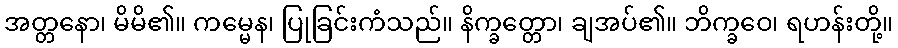
အတ္တနော၊ မိမိ၏။ ကမ္မေန၊ ပြုခြင်းကံသည်။ နိက္ခတ္တော၊ ချအပ်၏။ ဘိက္ခဝေ၊ ရဟန်းတို့။